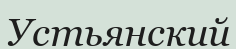
Устьянский